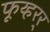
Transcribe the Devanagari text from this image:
फूय्हरर्